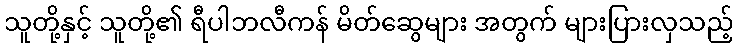
သူတို့နှင့် သူတို့၏ ရီပါဘလီကန် မိတ်ဆွေများ အတွက် များပြားလှသည့်